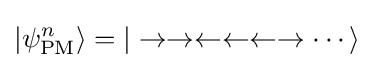
|\psi _{\rm {PM}}^{n}\rangle =|\rightarrow \rightarrow \leftarrow \leftarrow \leftarrow \rightarrow \cdots \rangle